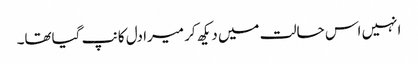
انہیں اس حالت میں دیکھ کر میرا دل کانپ گیاتھا۔